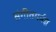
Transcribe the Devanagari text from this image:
संगीतमर्मज्ञ